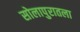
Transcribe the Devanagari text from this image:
सोलापुरातला